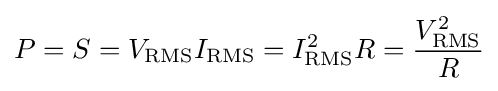
P=S=V_{\mathrm {RMS} }I_{\mathrm {RMS} }=I_{\mathrm {RMS} }^{2}R={\frac {V_{\mathrm {RMS} }^{2}}{R}}\,\!